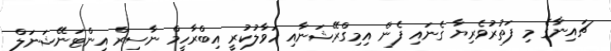
ޗައިނާގެ މި ފަތުރުވެރިޔާ ގެނައި ފެން އިމިގްރޭޝަނާއި ހަވާލުކުރީ އިބްރާހީމް ނާސިރް އިންޓަނޭޝަނަލް